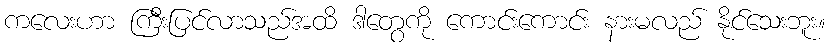
ကလေးဟာ ကြီးပြင်လာသည်အထိ ဒါတွေကို ကောင်းကောင်း နားမလည် နိုင်သေးဘူး။